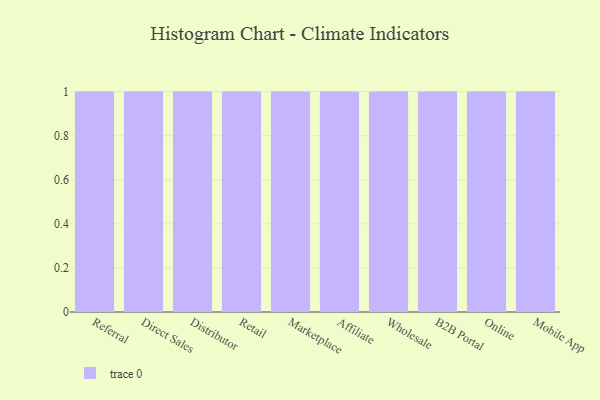
{"axis": {"x": "Channel", "y": "Website Visitors"}, "legend": [""], "data": [{"x": "Referral", "y": 52, "type": ""}, {"x": "Direct Sales", "y": 100, "type": ""}, {"x": "Distributor", "y": 75, "type": ""}, {"x": "Retail", "y": 64, "type": ""}, {"x": "Marketplace", "y": 38, "type": ""}, {"x": "Affiliate", "y": 62, "type": ""}, {"x": "Wholesale", "y": 44, "type": ""}, {"x": "B2B Portal", "y": 29, "type": ""}, {"x": "Online", "y": 1, "type": ""}, {"x": "Mobile App", "y": 43, "type": ""}]}